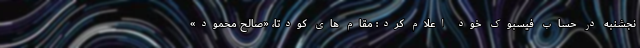
نجشنبه در حساب فیسبوک خود اعلام کرد: مقام های کودتا، «صالح محمود»